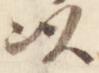
以